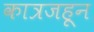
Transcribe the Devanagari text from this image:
कात्रजहून